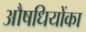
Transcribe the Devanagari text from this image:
औषधियोंका